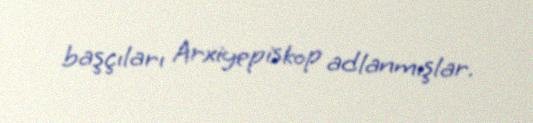
başçıları Arxiyepiskop adlanmışlar.